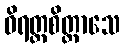
ဝိရတ္တစိတ္တာသေ